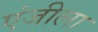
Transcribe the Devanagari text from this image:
एंजीला